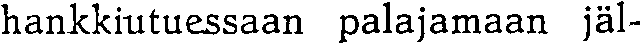
hankkiutuessaan palajamaan jäl-